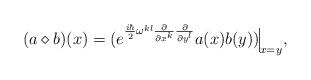
LaTeX: \begin{align*}(a\diamond b)(x) = ( e^{\frac{i\hbar}{2} \omega^{kl}\frac{\partial}{\partial x^k} \frac{\partial}{\partial y^l}}a(x) b(y) ) \rule[-2mm]{0.1mm}{6mm}_{x=y},\end{align*}